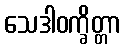
သေဒါဝက္ခိတ္တာ